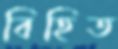
বিহিত